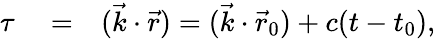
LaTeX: \begin{array}{rlr}{\tau}&{{}=}&{({\vec{k}}\cdot{\vec{r}})=({\vec{k}}\cdot{\vec{r}}_{0})+c(t-t_{0}),}\end{array}